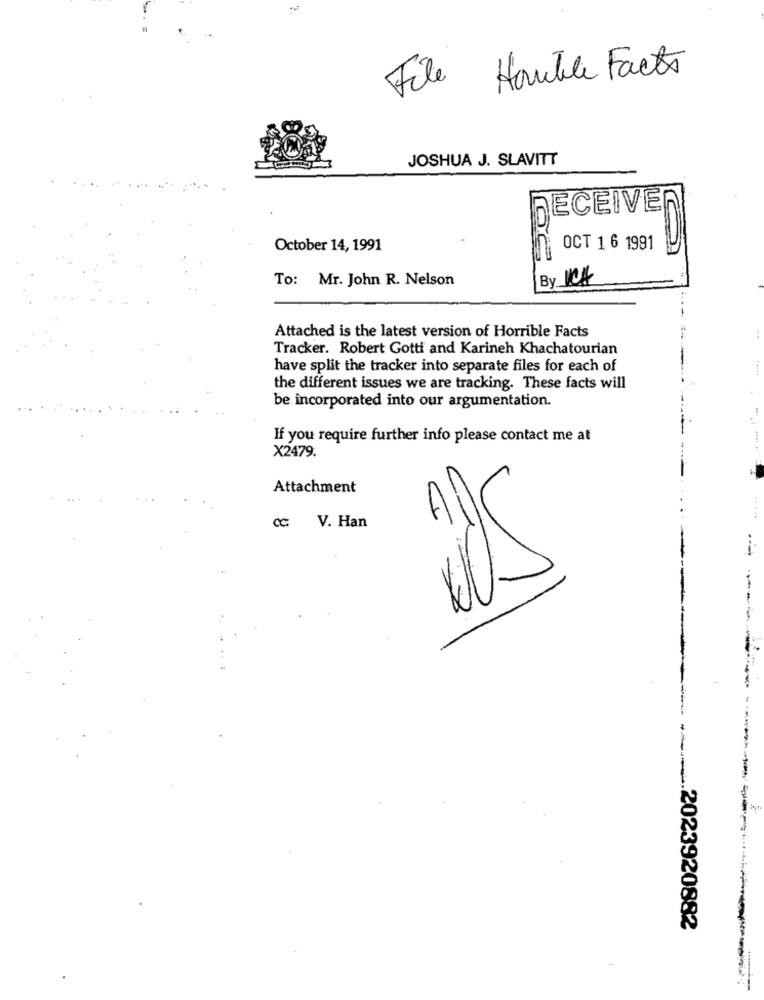
File
Hautle Facts
JOSHUA J. SLAVITT
RECEIVER
October 14, 1991
OCT 1 6 1991
To: Mr. John R. Nelson
By ICA
Attached is the latest version of Horrible Facts
Tracker. Robert Gotti and Karineh Khachatourian
have split the tracker into separate files for each of
the different issues we are tracking. These facts will
be incorporated into our argumentation.
If you require further info please contact me at
X2479.
Attachment
.....
cc: V. Han
2023920882